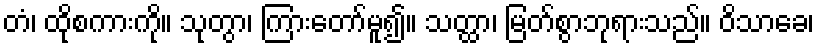
တံ၊ ထိုစကားကို။ သုတွာ၊ ကြားတော်မူ၍။ သတ္ထာ၊ မြတ်စွာဘုရားသည်။ ဝိသာခေ၊